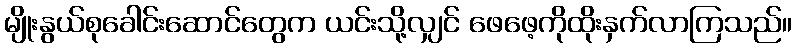
မျိုးနွယ်စုခေါင်းဆောင်တွေက ယင်းသို့လျှင် ဖေဖေ့ကိုထိုးနှက်လာကြသည်။